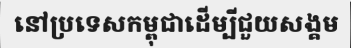
នៅប្រទេសកម្ពុជាដើម្បីជួយសង្គម